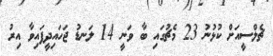
ޗެލްސީއަށް ކުޅުނު 23 މެޗުގައި ބާ ވަނީ 14 ލަނޑު ޖަހައިދީފައިވާ އިރު